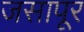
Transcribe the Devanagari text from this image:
जसापूर